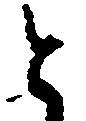
と